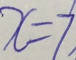
x = 7